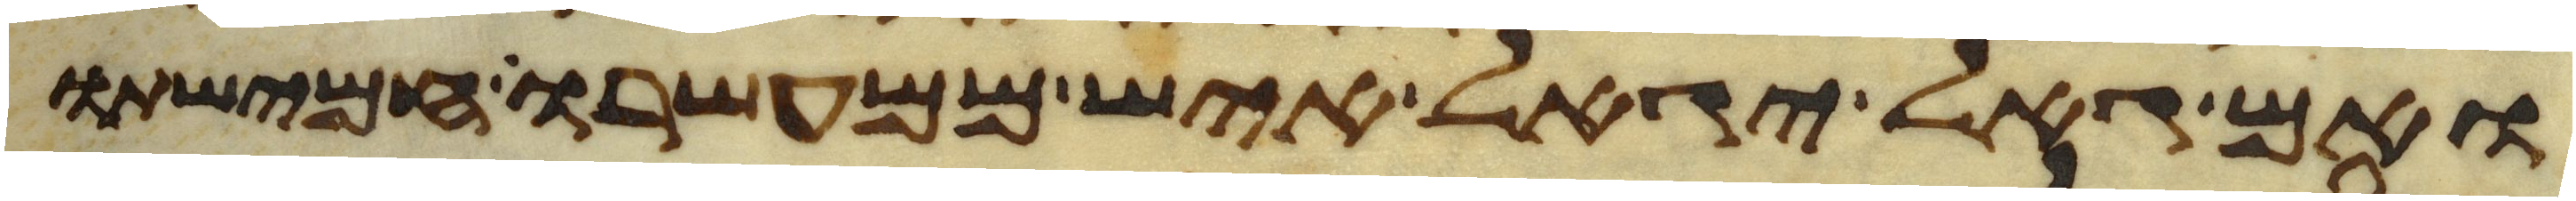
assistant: ואם גאל יגאל איש ממעשרו חמישתו